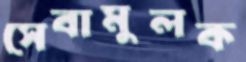
সেবামুলক